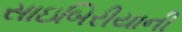
સાઇબિરીયાની